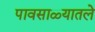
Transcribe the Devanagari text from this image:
पावसाळ्यातले